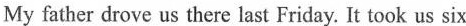
My father drove us there last Friday. It took us six